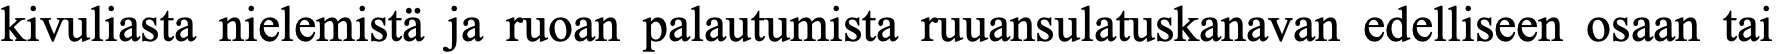
kivuliasta nielemistä ja ruoan palautumista ruuansulatuskanavan edelliseen osaan tai